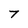
Character: 7